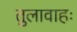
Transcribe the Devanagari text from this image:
तुलावाहः